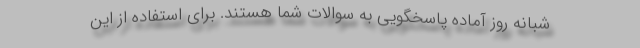
شبانه روز آماده پاسخگویی به سوالات شما هستند. برای استفاده از این